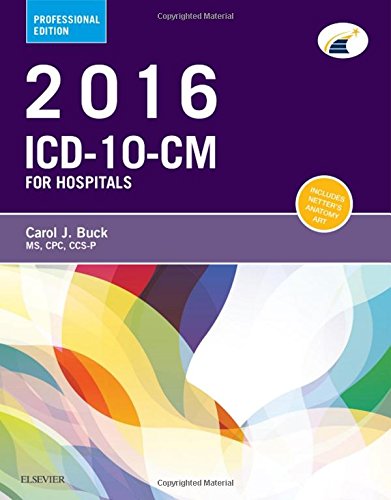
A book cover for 2016 ICD-10-CM Hospital Professional Edition, 1e; Carol J. Buck MS  CPC  CCS-P; Medical Books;